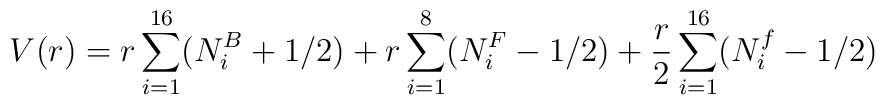
V(r) = r\sum_{i=1}^{16}(N_i^B +1/2) +r\sum_{i=1}^{8}(N_i^F -1/2)+\frac{r}{2}\sum_{i=1}^{16} (N_i^f -1/2)